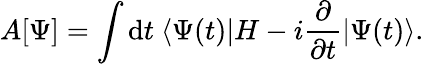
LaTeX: A[\Psi]=\int\mathrm{d}t\ \langle\Psi(t)|H-i{\frac{\partial}{\partial t}}|\Psi(t)\rangle.